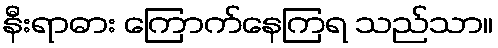
နီးရာဓား ကြောက်နေကြရ သည်သာ။